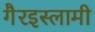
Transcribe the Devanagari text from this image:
गैरइस्लामी